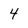
Character: 4